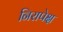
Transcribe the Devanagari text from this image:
निरापेक्ष